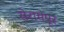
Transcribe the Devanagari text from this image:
सेरामपूर